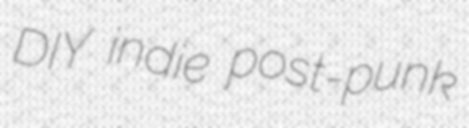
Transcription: DIY indie post-punk